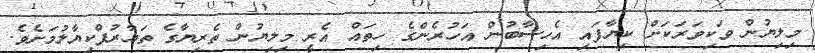
މިލިޔުން ވަކިވަރަކަށް ކިޔާފައި އެހިސާބުން އަހުރެެންގެ ހިތައް އެރީ މިލިޔުން ތެރިޔާގެ ތަޢާރުފްކިޔާލުމަށެވެ.